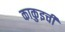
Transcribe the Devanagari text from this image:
काकुइची